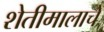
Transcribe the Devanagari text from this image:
शेतीमालाचे